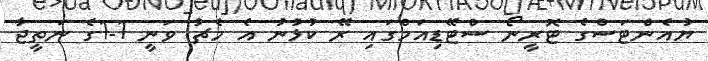
ޔުއެންޓަސްގެ ޓޮރީނޯ ސްޓޭޑިއަމްގައި ރޭ ކުޅުނު އެ މެޗު ވަނީ 1-1ގެ ނަތީޖާ